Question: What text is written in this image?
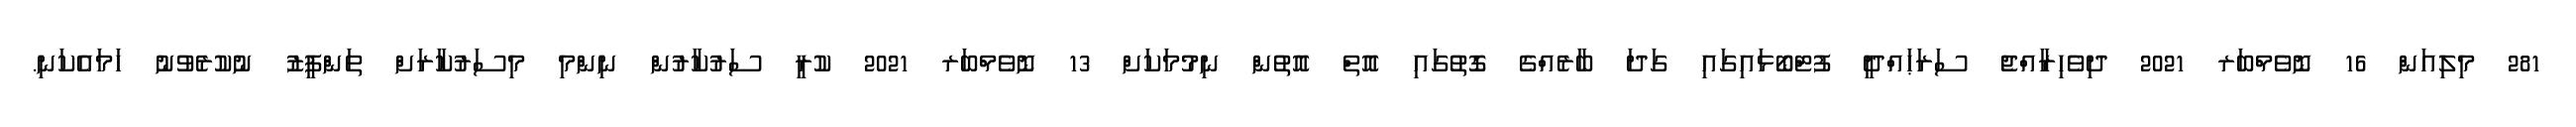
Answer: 281 މިލިއަން 16 ނޮވެމްބަރ 2021 ދިވެހިރާއްޖެ ސަރަޙައްދީ ފުޓްބޯޅައިގައި ގަދަ ބާރެއްގެ ގޮތުގައި އޮތް އޮތުން ނިމުމަކަށް 13 ނޮވެމްބަރ 2021 ކުރީ ސަރުކާރުން ނިންމި މިސަރުކާރަށް ތަންފީޒު ނުކުރެވުނު ހަމައެކަނި.